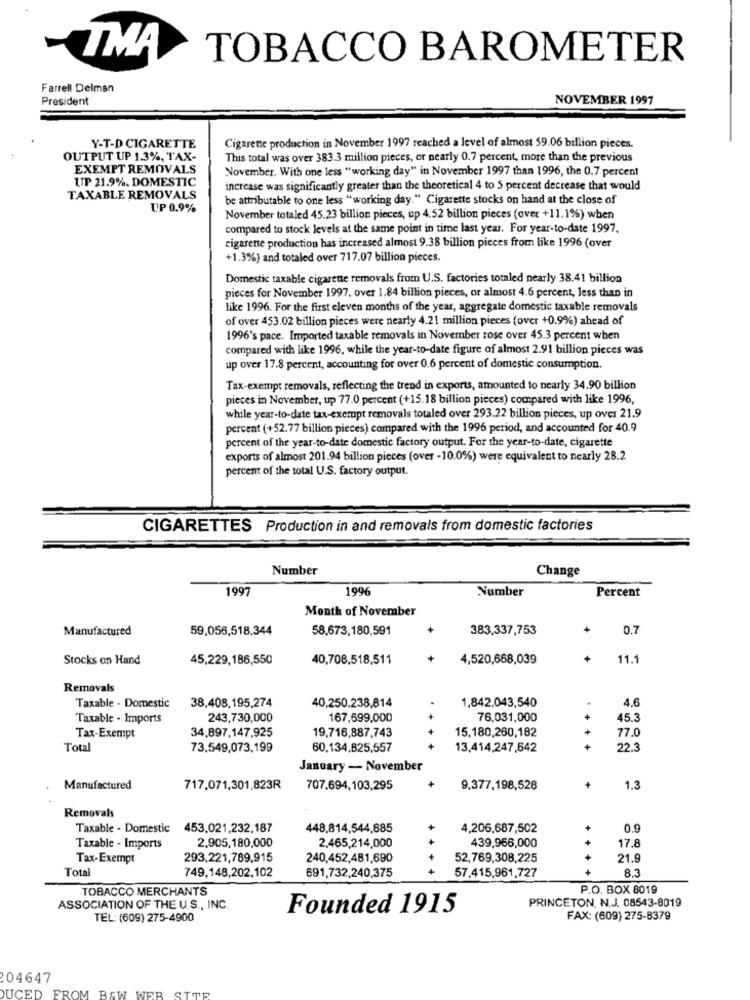
TMA
TOBACCO BAROMETER
Farrell Delman
President
NOVEMBER 1997
Y-T-D CIGARETTE
Cigarette production in November 1997 reached a level of almost 59.06 billion pieces.
OUTPUT UP 1.3%, TAX-
This total was over 383.3 million pieces, or nearly 0.7 percent, more than the previous
EXEMPT REMOVALS
November. With one less "working day" in November 1997 than 1996, the 0.7 percent
UP 21.9%. DOMESTIC
increase was significantly greater than the theoretical 4 to 5 percent decrease that would
TAXABLE REMOVALS
be attributable to one less "working day." Cigarette stocks on hand at the close of
UP 0.9%
November totaled 45.23 billion pieces, up 4.52 billion pieces (over +11.1%) when
compared to stock levels at the same point in time last year. For year-to-date 1997.
cigarette production has increased almost 9.38 billion pieces from like 1996 (over
+1.3%) and totaled over 717.07 billion pieces.
Domestic taxable cigarette removals from U.S. factories totaled nearly 38.41 billion
pieces for November 1997, over 1.84 billion pieces, or almost 4.6 percent, less than in
like 1996. For the first eleven months of the year, aggregate domestic taxable removals
of over 453.02 billion pieces were nearly 4.21 million pieces (over +0.9%) ahead of
1996's pace. Imported taxable removals in November rose over 45.3 percent when
compared with like 1996, while the year-to-date figure of almost 2.91 billion pieces was
up over 17.8 percent, accounting for over 0.6 percent of domestic consumption.
Tax-exempt removals, reflecting the trend in exports, amounted to nearly 34.90 billion
pieces in November, up 77.0 percent (+15.18 billion pieces) compared with like 1996,
while year-to-date tax-exempt removals totaled over 293.22 billion pieces, up over 21.9
percent (+52.77 billion pieces) compared with the 1996 period, and accounted for 40.9
percent of the year-to-date domestic factory output. For the year-to-date, cigarette
exports of almost 201.94 billion pieces (over -10.0%) were equivalent to nearly 28.2
percent of the total U.S. factory output.
CIGARETTES Production in and removals from domestic factories
Number
Change
1997
1996
Number
Percent
Month of November
Manufactured
59,056,518,344
58,673,180,591
+
383,337,753
+
0.7
Stocks on Hand
45,229,186,550
40,708,518,511
4,520,668,039
+
11.1
Removals
4.6
Taxable . Domestic
38,408,195,274
40,250,238,814
1,842,043,540
Taxable - Imports
243,730,000
167,699,000
76,031,000
45.3
34,897,147,925
19,716,887,743
15,180,260,182
77.0
Tax-Exempt
Total
73.549,073,199
60,134,825,557
13,414,247,642
.+ + +
22.3
January - November
Manufactured
717.071,301,823R
707.694,103,295
9,377,198,526
+
1.3
Removals
Taxable - Domestic
453.021,232,187
448,814,544,685
4,206,687,502
+
0,9
2,905,180,000
2,465,214,000
439,966,000
+
Taxable - Imports
17.8
Tax-Exempt
293,221,789.915
240,452,481,690
52,769,308,225
21.9
Total
749,148,202,102
691,732,240,375
+
57,415,961,727
TOBACCO MERCHANTS
P.O. BOX 8019
PRINCETON, N.J. 08543-8019
ASSOCIATION OF THE U.S ., INC.
Founded 1915
TEL: (609) 275-4900
FAX: (609) 275-8379
04647
DUCED FROM B&W